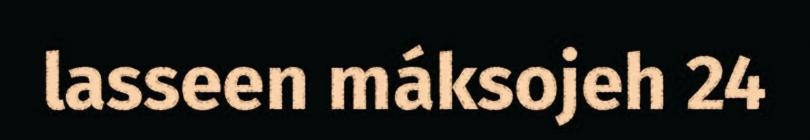
lasseen máksojeh 24